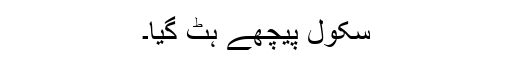
سکول پیچھے ہٹ گیا۔